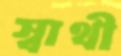
স্বাথী